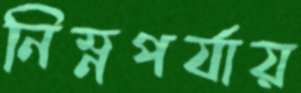
নিম্নপর্যায়